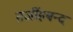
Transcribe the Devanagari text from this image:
तर्जीहबन्द